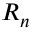
\boldsymbol { R _ { n } }